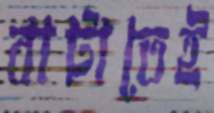
বাটাতেই